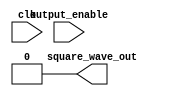
module tone_generator (
    input output_enable,
    input clk,
    output square_wave_out
);

    reg [23:0] clock_counter;
    assign square_wave_out = 0;

endmodule